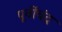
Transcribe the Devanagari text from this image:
पूर्वीचंद्र